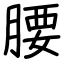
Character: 腰